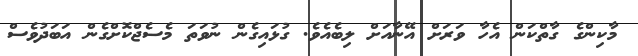
މާކިންގެ ގާތްކަން އެހާ ވަރަށް އޭނާއަށް ލިބެއެވެ. ގުޅައިގެން ނުވަތަ މެސެޖްކޮށްގެން އަބަދުވެސް